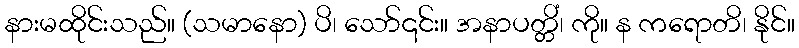
နားမထိုင်းသည်။ (သမာနော) ပိ၊ သော်၎င်း။ အနာပတ္တိံ၊ ကို။ န ကရောတိ၊ နိုင်။